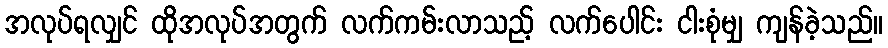
အလုပ်ရလျှင် ထိုအလုပ်အတွက် လက်ကမ်းလာသည့် လက်ပေါင်း ငါးစုံမျှ ကျန်ခဲ့သည်။